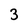
Character: 3